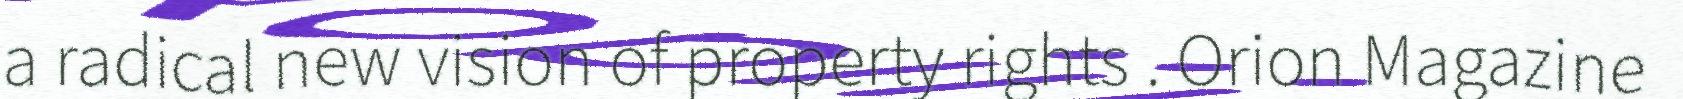
a radical new vision of property rights . Orion Magazine